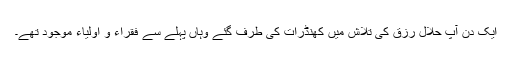
ایک دن آپ حلال رزق کی تلاش میں کھنڈرات کی طرف گئے وہاں پہلے سے فقراء و اولیاء موجود تھے۔